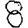
Digit: 8